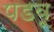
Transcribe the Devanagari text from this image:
पडवू